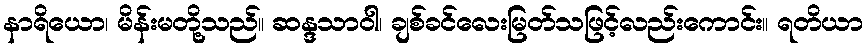
နာရိယော၊ မိန်းမတို့သည်။ ဆန္ဒသာဝါ၊ ချစ်ခင်လေးမြတ်သဖြင့်လည်းကောင်း။ ရတိယာ